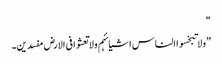
“
”ولا تبخسوا الناس اشیائہم ولا تعثوا فی الارض مفسدین۔